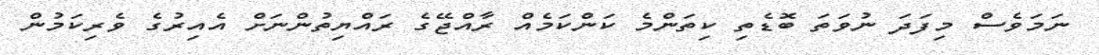
ނަމަވެސް މިފަދަ ނުވަތަ ބޮޑެތި ކިތަންމެ ކަންކަމެއް ރާއްޖޭގެ ރައްޔިތުންނަށް އެއިރުގެ ވެރިކަމުން